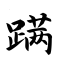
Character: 蹒